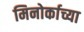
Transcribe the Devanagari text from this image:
मिनोर्काच्या